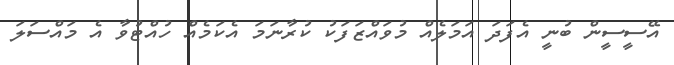
އޭސީސީން ބުނީ އެފަދަ އަމަލެއް މުވައްޒަފަކު ކުރާނަމަ އެކަމެއް ހުއްޓުވާ އެ މައްސަލަ